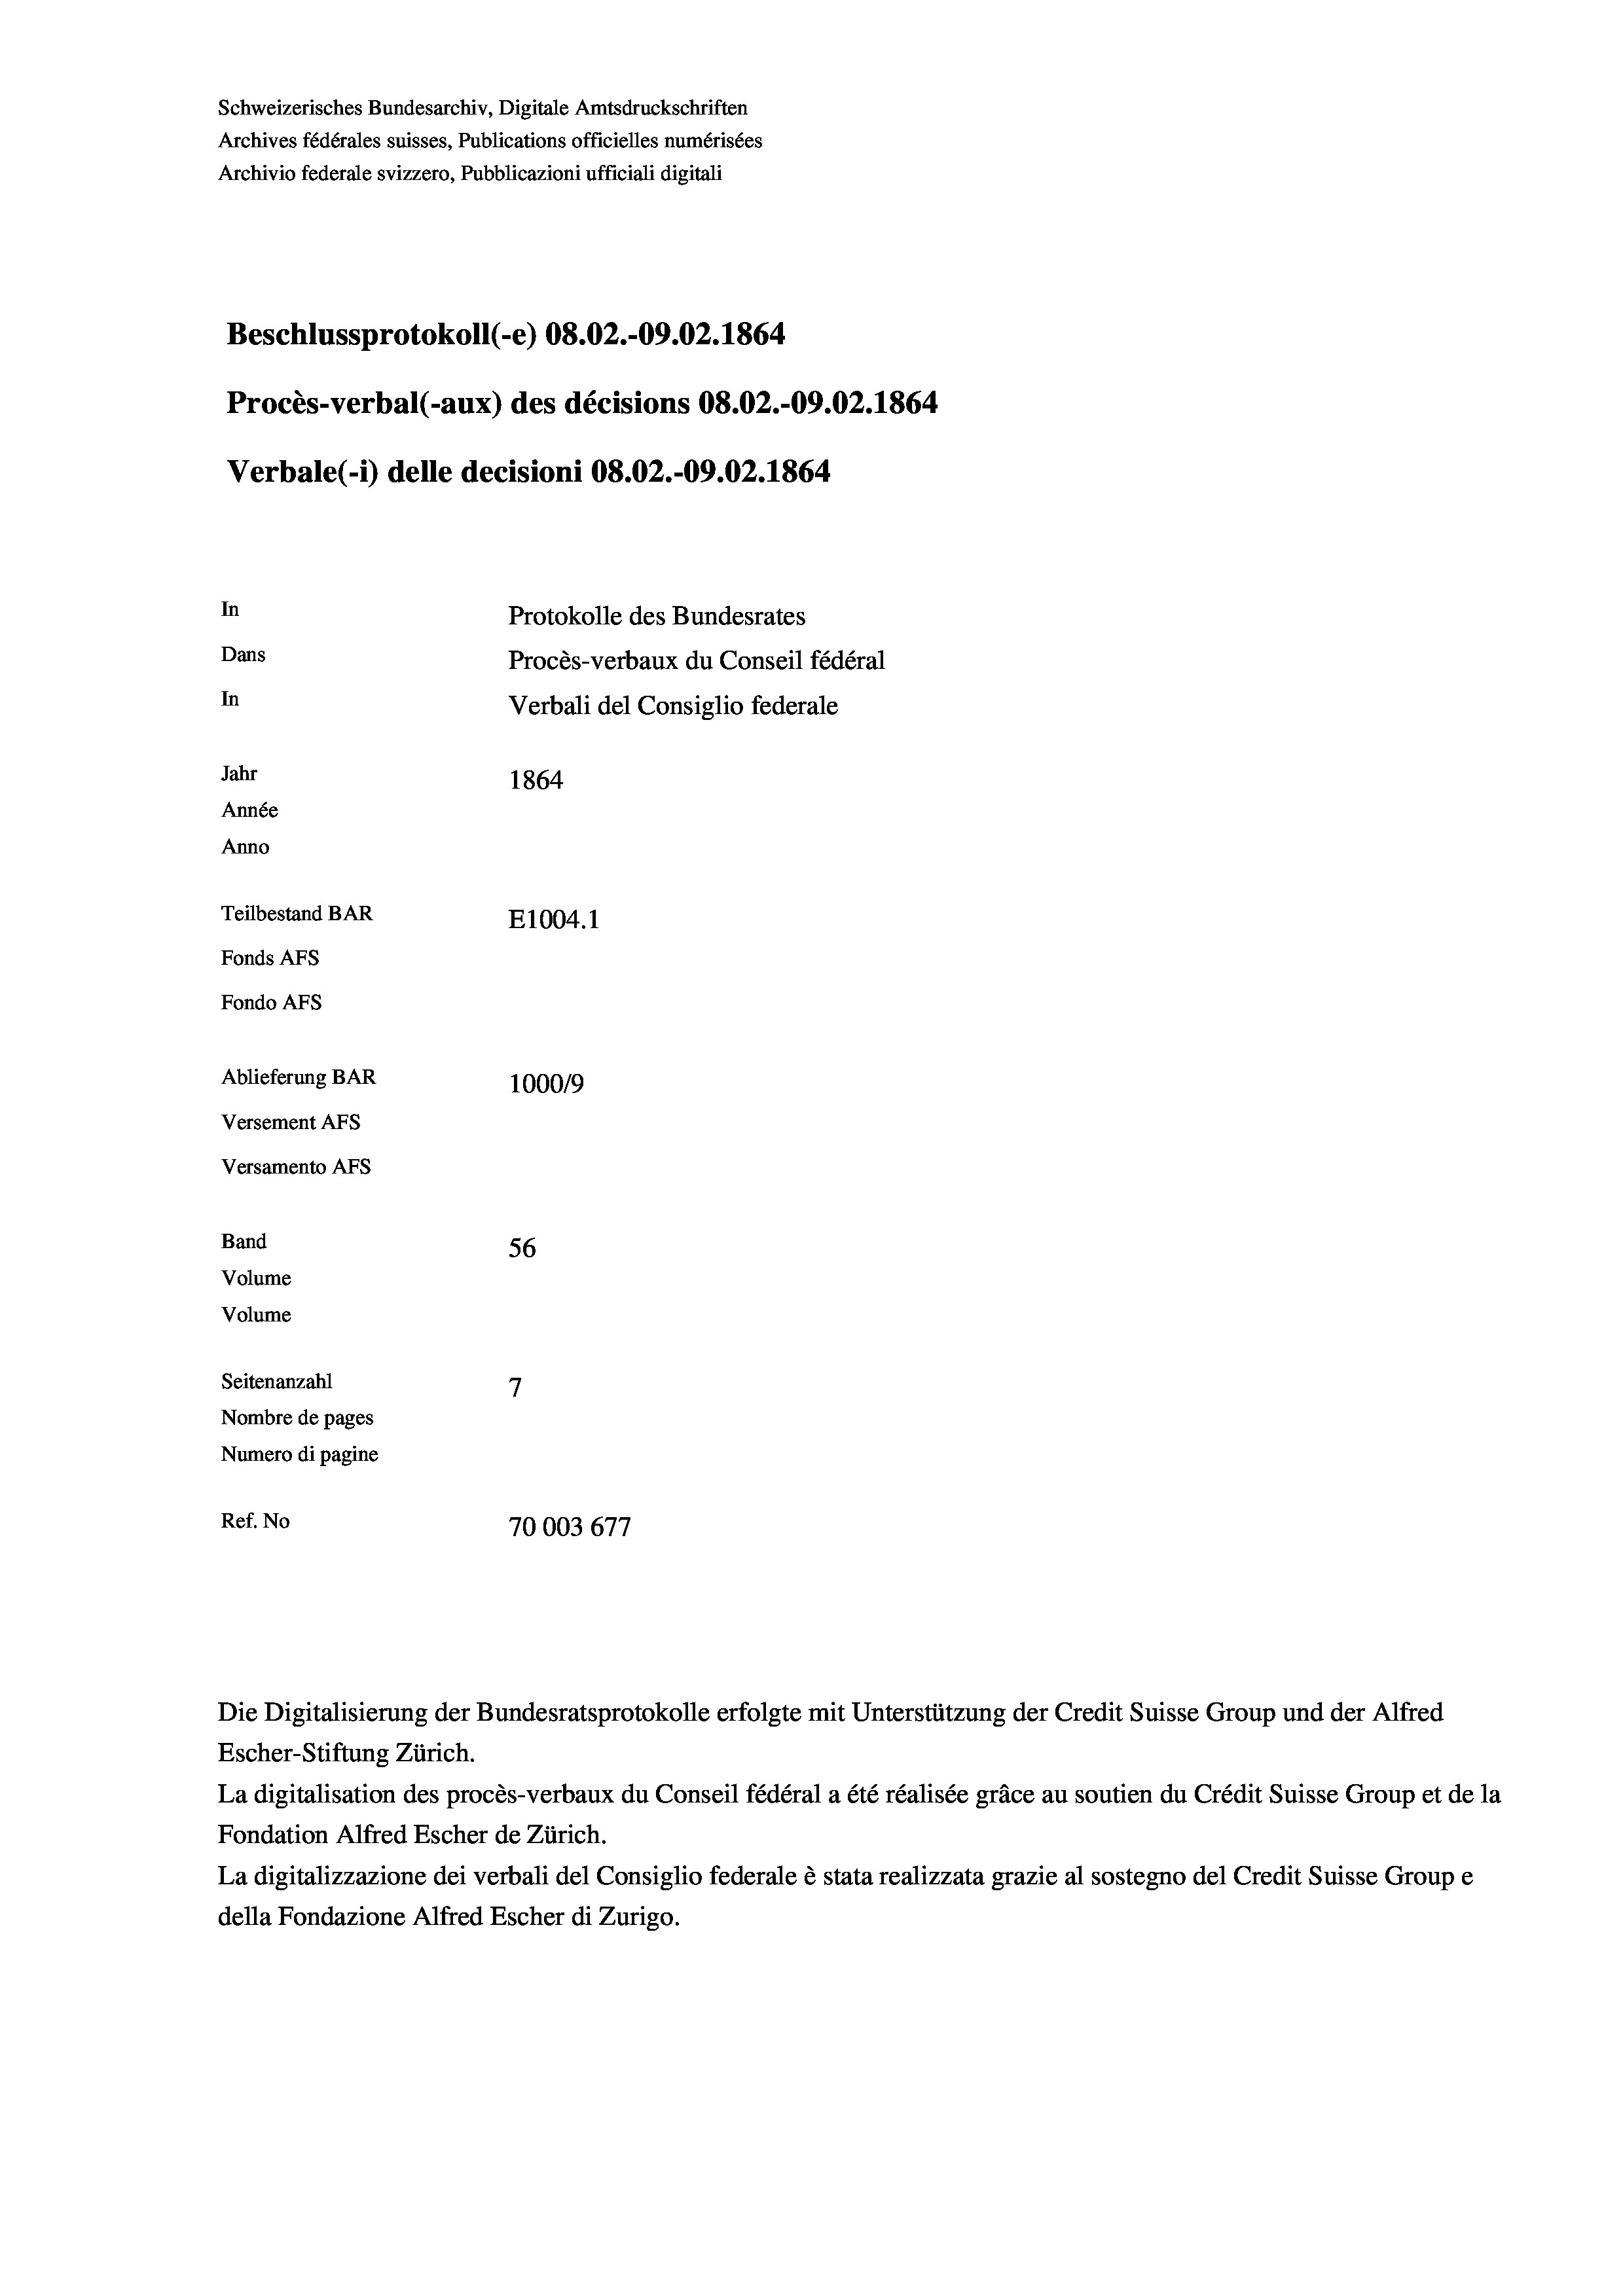
Schweizerisches Bundesarchiv, Digitale Amtsdruckschriften
Archives fédérales suisses, Publications officielles numérisées
Archivio federale svizzero, Pubblicazioni ufficiali digitali
Beschlussprotokoll (-e) 08.02.-09.02. 1864
Procès-verbal (-aux) des décisions 08.02.-09.02. 1864
Verbale (i) delle decisioni 08.02.-09.02. 1864
In
Protokolle des Bundesrates
Dans
Procès-verbaux du Conseil fédéral
In
Verbali del Consiglio federale
Jahr
1864
Année
Anno
Teilbestand BAR
E1004.1
Fonds AFs
Fondo AFS
Ablieferung BAR
100019
Versement As
Versamento Afs
Band
56
Volume
Volume
7
Seitenanzahl
Nombre de pages
Numero di pagine
Ref. No
70003677

La digitalisation des procès-verbaux du Conseil fédéral a été réalisée gräce au soutien du Crédit Suisse Group et de la
Fondation Alfred Escher de Zürich.
La digitalizzazione dei verbali del Consiglio federale è stata realizzata grazie al sostegno del Credit Suisse Groupe
della Fondazione Alfred Escher di Zurigo.

Die Digitalisierung der Bundesratsprotokolle erfolgte mit Unterstützung der Credit Suisse Group und der Alfred
Escher-Stiftung Zürich.